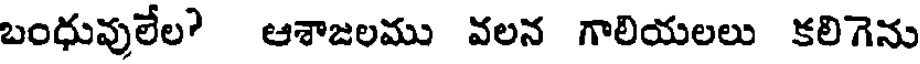
బంధువులేల? ఆశాజలము వలన గాలియలలు కలిగెను